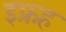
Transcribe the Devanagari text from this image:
इफ्रह